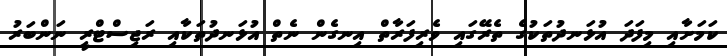
ކަމަށާއި މިފަދަ އުޅަނދުތަކުގެ ތެރޭގައި ވެރިފަރާތް އިނގެން ނެތް އުޅަނދުތަކާއި ރަޖިސްޓްރީ ނަންބަރު